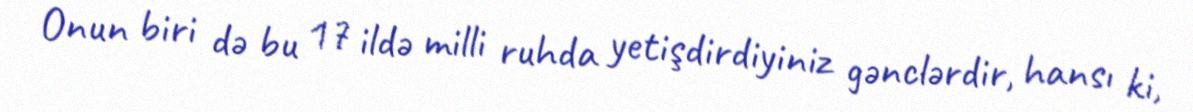
Onun biri də bu 17 ildə milli ruhda yetişdirdiyiniz gənclərdir, hansı ki,